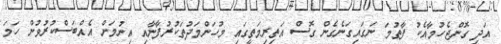
އަދި ގޮންޖެހުމާއެކު ފާތުމަ ނަގައިގަނެގެން ގޮސް އަތިރިމަތީގައި މުހަންމަދުތަކުރުފާނާއި އިނުމަށް އެއްބަސްކުރުވުން ހަމަ